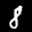
Label: 8